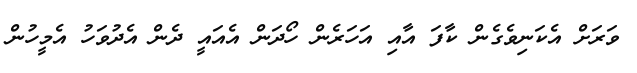
ވަރަށް އެކަނިވެގެން ކާފަ އާއި އަހަރެން ހޯދަން އެއައީ ދެން އެދުވަހު އެމީހުން